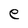
Character: e